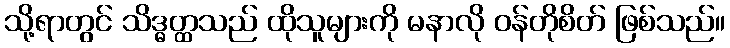
သို့ရာတွင် သိဒ္ဓတ္ထသည် ထိုသူများကို မနာလို ဝန်တိုစိတ် ဖြစ်သည်။